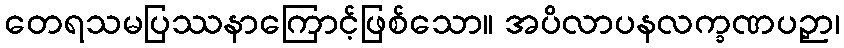
တေရသမပြဿနာကြောင့်ဖြစ်သော။ အပိလာပနလက္ခဏပဉှာ၊